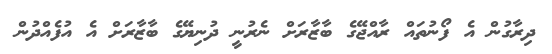
ދިރާގުން އެ ފޯނުތައް ރާއްޖޭގެ ބާޒާރަށް ނެރުނީ ދުނިޔޭގެ ބާޒާރަށް އެ އުފެއްދުން